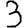
Digit: 3